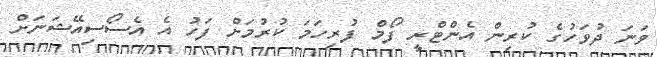
ވަނަ ދުވަހުގެ ކުރިން އެންޓްރީ ފޯމް ފުރިހަމަ ކުރުމަށް ފަހު އެ އެސޯސިއޭޝަނަށް